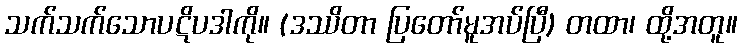
သက်သက်သောပဋိပဒါကို။ (ဒဿိတာ ပြတော်မူအပ်ပြီ) တထာ၊ ထို့အတူ။